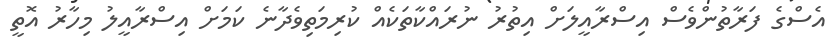
އެސްގެ ފަރާތުންވެސް އިސްރާއީލަށް އިތުރު ނުރައްކާތަކެއް ކުރިމަތިވެދާނެ ކަމަށް އިސްރާއީލު މިހާރު އޮތީ